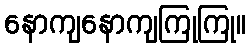
နောကျနောကျကြုကြု။